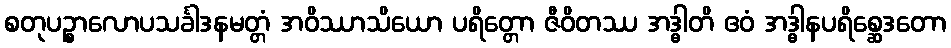
စတုပဉ္စာလောပသင်္ခါဒနမတ္တံ အဝိဿာသိယော ပရိတ္တော ဇီဝိတဿ အဒ္ဓါတိ ဧဝံ အဒ္ဓါနပရိစ္ဆေဒတော